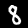
Label: 8